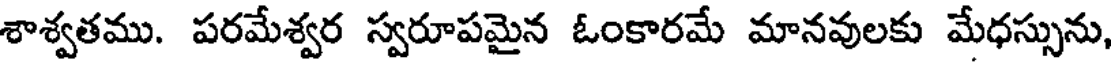
శాశ్వతము. పరమేశ్వర స్వరూపమైన ఓంకారమే మానవులకు మేధస్సును,